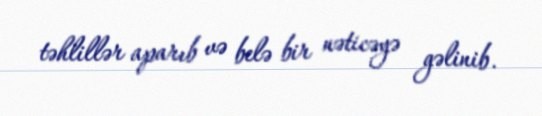
təhlillər aparıb və belə bir nəticəyə gəlinib.